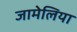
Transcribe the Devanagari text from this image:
जामेलिया